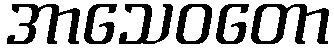
အာသေဝတော